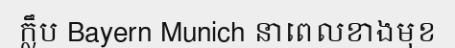
ក្លឹប Bayern Munich នាពេលខាងមុខ